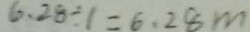
6 . 2 8 \div 1 = 6 . 2 8 m